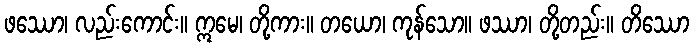
ဖဿော၊ လည်းကောင်း။ ဣမေ၊ တို့ကား။ တယော၊ ကုန်သော။ ဖဿာ၊ တို့တည်း။ တိဿော